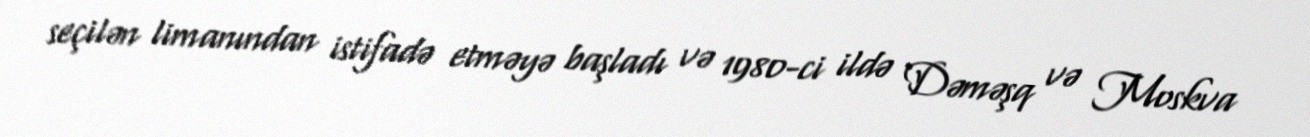
seçilən limanından istifadə etməyə başladı və 1980-ci ildə Dəməşq və Moskva